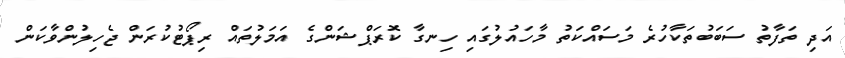
އަދި ތަފާތު ސަބަބުތަކާހުރެ މަސައްކަތު މާހައުލުގައި ހިނގާ ކޮރަޕްޝަންގެ އަމަލުތައް ރިޕޯޓުކުރަން ޖެހިލުންވާކަން